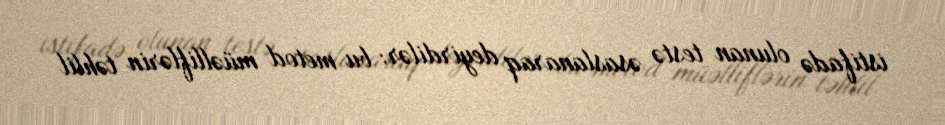
istifadə olunan testə əsaslanaraq deyirdilər: bu metod müəlliflərin təhlil